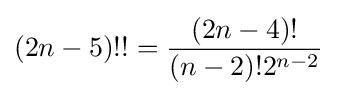
(2n-5)!!={\frac {(2n-4)!}{(n-2)!2^{n-2}}}